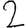
Digit: 2